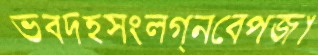
ভবদহসংলগ্নবেপজা